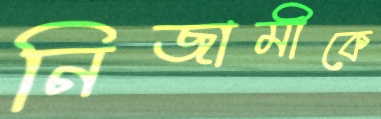
নিজামীকে